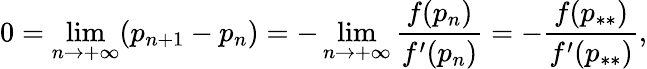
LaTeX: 0=\operatorname*{lim}_{n\to+\infty}(p_{n+1}-p_{n})=-\operatorname*{lim}_{n\to+\infty}\frac{f(p_{n})}{f^{\prime}(p_{n})}=-\frac{f(p_{**})}{f^{\prime}(p_{**})},